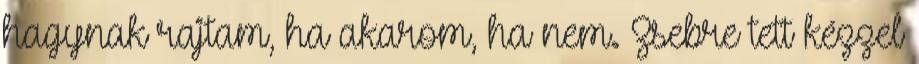
hagynak rajtam, ha akarom, ha nem. Zsebre tett kézzel